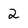
Character: 2